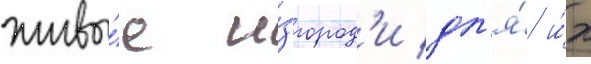
живы́е и́згород'и дл'я́ и́х